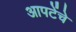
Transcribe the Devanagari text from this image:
आपटेंचे